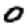
Digit: 0